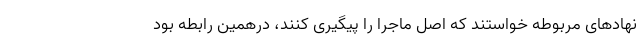
نهادهای مربوطه خواستند که اصل ماجرا را پیگیری کنند، درهمین رابطه بود